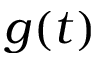
g ( t )